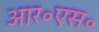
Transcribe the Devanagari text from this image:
आर॰एस॰